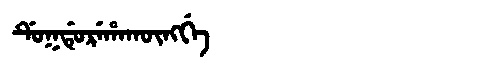
Manchu: ᡩᡠᡴᡩᡠᡵᡝᡥᠠᡴᡡᠩᡤᡝ
Romanization: DUKDUREHAKŪNGGE